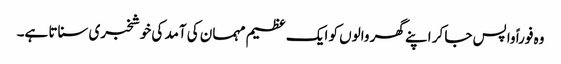
وہ فوراً واپس جا کر اپنے گھر والوں کو ایک عظیم مہمان کی آمد کی خوشخبری سناتا ہے۔